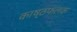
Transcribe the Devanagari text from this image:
काष्ठफलक